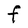
Character: F